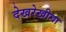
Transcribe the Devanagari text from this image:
देखरेखीचा